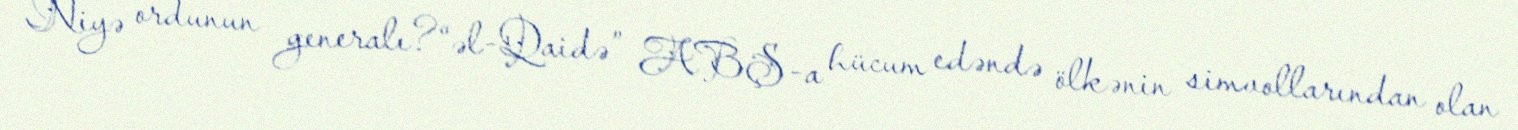
Niyə ordunun generalı?“əl-Qaidə” ABŞ-a hücum edəndə ölkənin simvollarından olan